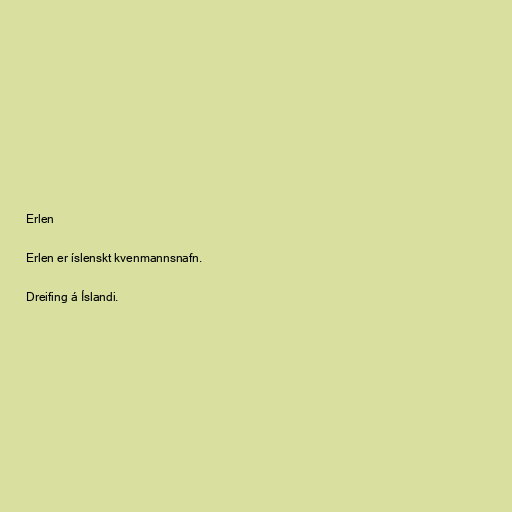
Erlen

Erlen er íslenskt kvenmannsnafn.

Dreifing á Íslandi.